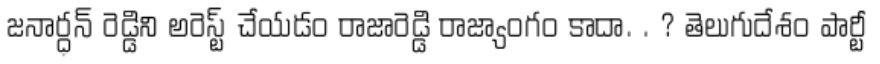
జనార్ధన్ రెడ్డిని అరెస్ట్ చేయడం రాజారెడ్డి రాజ్యాంగం కాదా. . ? తెలుగుదేశం పార్టీ